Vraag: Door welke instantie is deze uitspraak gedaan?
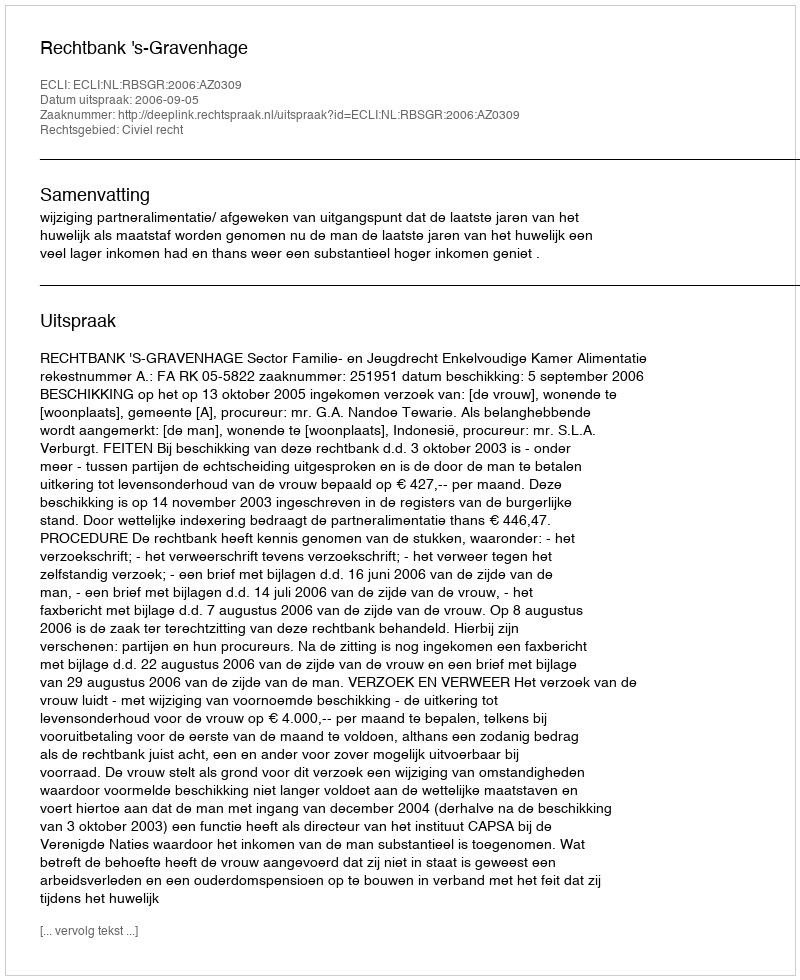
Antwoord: Rechtbank 's-Gravenhage